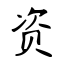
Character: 资